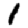
Digit: 1